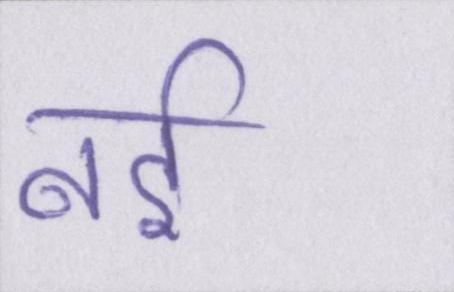
नई